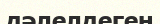
дәлелдеген